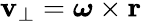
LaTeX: \mathbf{v}_{\perp}={\boldsymbol{\omega}}\times\mathbf{r}